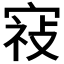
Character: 𰍕